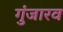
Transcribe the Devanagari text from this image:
गुंजारव